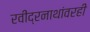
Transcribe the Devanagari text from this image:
रवींद्रनाथांवरही